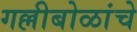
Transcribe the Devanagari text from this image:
गल्लीबोळांचे